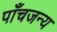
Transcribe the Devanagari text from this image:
पाँचजन्य